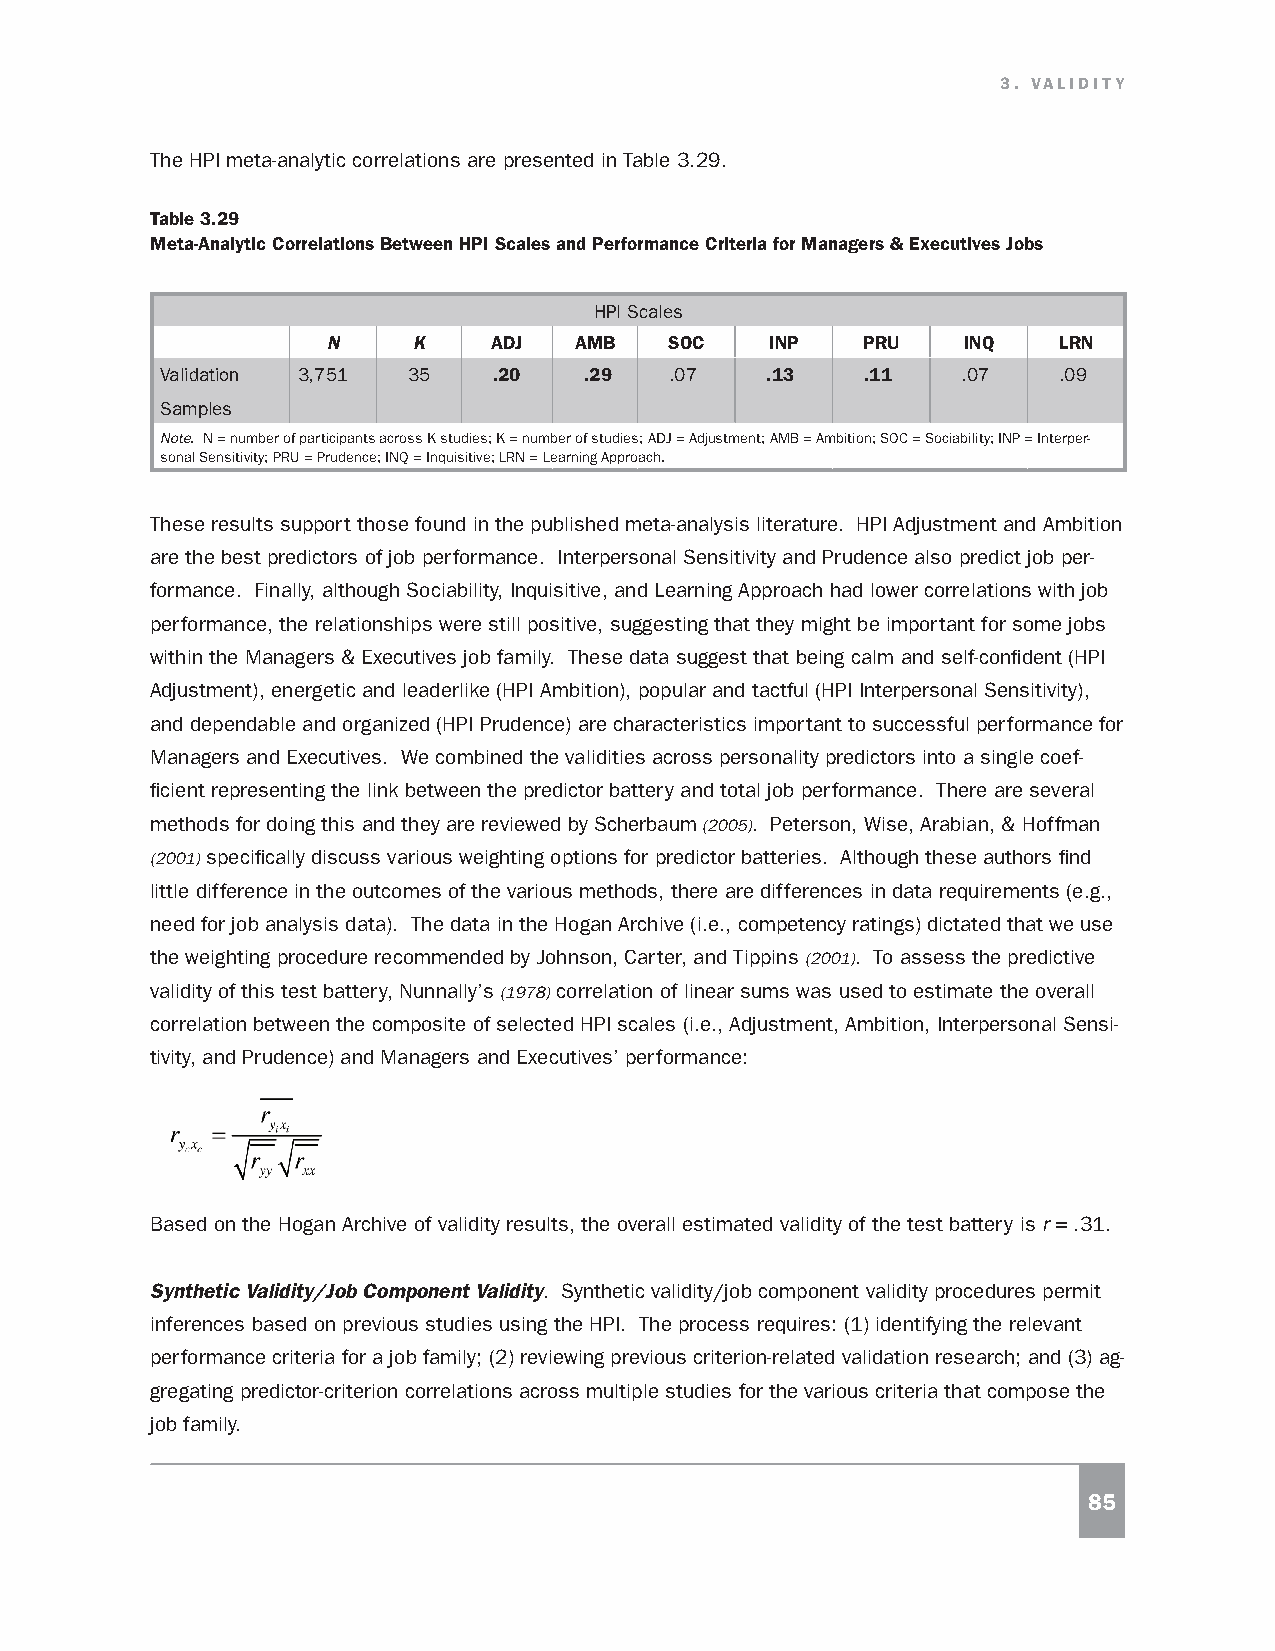
3. VALIDITY
 The HPI meta-analytic correlations are presented in Table 3.29.
 Table 3.29
 Meta-Analytic Correlations Between HPI Scales and Performance Criteria for Managers & Executives Jobs
 HPI Scales
 N    K     ADJ  AMB   SOC    INP   PRU    INQ   LRN
 Validation 3,751 35   .20   .29  .07    .13   .11    .07   .09
 Samples
 Note. N = number of participants across K studies; K = number of studies; ADJ = Adjustment; AMB = Ambition; SOC = Sociability; INP = Interper-
 sonal Sensitivity; PRU = Prudence; INQ = Inquisitive; LRN = Learning Approach.
 These results support those found in the published meta-analysis literature. HPI Adjustment and Ambition
 are the best predictors of job performance. Interpersonal Sensitivity and Prudence also predict job per-
 formance. Finally, although Sociability, Inquisitive, and Learning Approach had lower correlations with job
 performance, the relationships were still positive, suggesting that they might be important for some jobs
 within the Managers & Executives job family. These data suggest that being calm and self-confident (HPI
 Adjustment), energetic and leaderlike (HPI Ambition), popular and tactful (HPI Interpersonal Sensitivity),
 and dependable and organized (HPI Prudence) are characteristics important to successful performance for
 Managers and Executives. We combined the validities across personality predictors into a single coef-
 ficient representing the link between the predictor battery and total job performance. There are several
 methods for doing this and they are reviewed by Scherbaum (2005). Peterson, Wise, Arabian, & Hoffman
 (2001) specifically discuss various weighting options for predictor batteries. Although these authors find
 little difference in the outcomes of the various methods, there are differences in data requirements (e.g.,
 need for job analysis data). The data in the Hogan Archive (i.e., competency ratings) dictated that we use
 the weighting procedure recommended by Johnson, Carter, and Tippins (2001). To assess the predictive
 validity of this test battery, Nunnally’s (1978) correlation of linear sums was used to estimate the overall
 correlation between the composite of selected HPI scales (i.e., Adjustment, Ambition, Interpersonal Sensi-
 tivity, and Prudence) and Managers and Executives’ performance:
 Based on the Hogan Archive of validity results, the overall estimated validity of the test battery is r = .31.
 Synthetic Validity/Job Component Validity. Synthetic validity/job component validity procedures permit
 inferences based on previous studies using the HPI. The process requires: (1) identifying the relevant
 performance criteria for a job family; (2) reviewing previous criterion-related validation research; and (3) ag-
 gregating predictor-criterion correlations across multiple studies for the various criteria that compose the
 job family.
 85